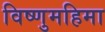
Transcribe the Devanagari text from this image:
विष्णुमहिमा